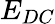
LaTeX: E_{DC}